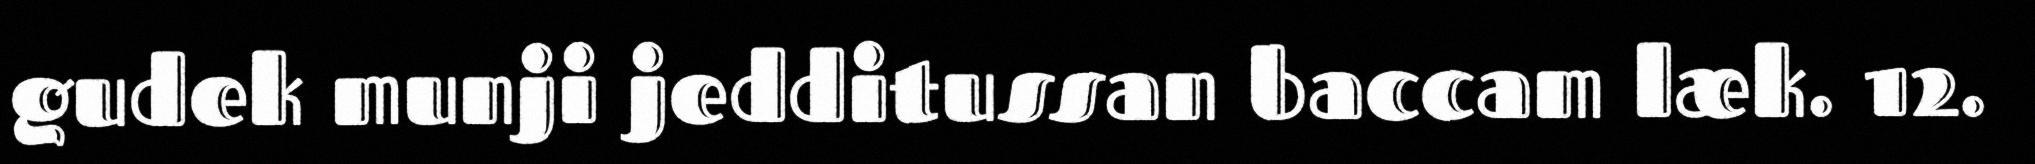
gudek munji jedditussan baccam læk. 12.